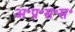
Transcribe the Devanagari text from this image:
अ॰प्र॰स॰स॰